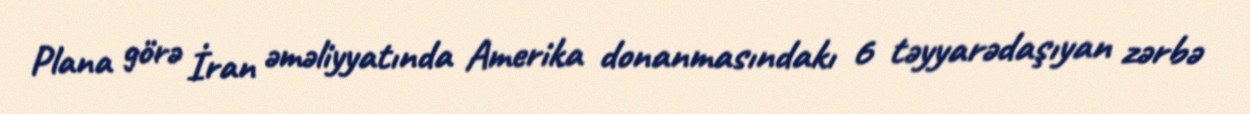
Plana görə İran əməliyyatında Amerika donanmasındakı 6 təyyarədaşıyan zərbə